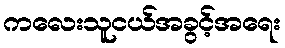
ကလေးသူငယ်အခွင့်အရေး